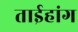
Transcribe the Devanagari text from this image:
ताईहांग